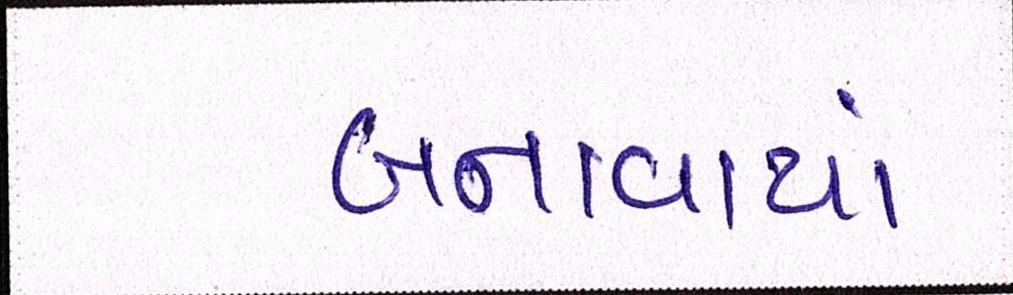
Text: બનાવાયાં